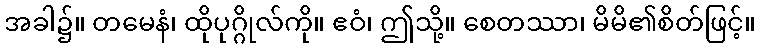
အခါ၌။ တမေနံ၊ ထိုပုဂ္ဂိုလ်ကို။ ဧဝံ၊ ဤသို့။ စေတဿာ၊ မိမိ၏စိတ်ဖြင့်။